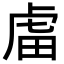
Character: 𧆨